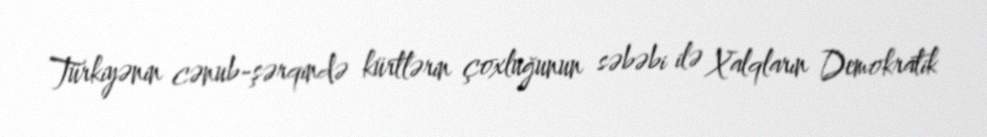
Türkiyənin cənub-şərqində kürtlərin çoxluğunun səbəbi ilə Xalqların Demokratik